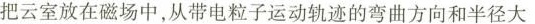
把云室放在磁场中，从带电粒子运动轨迹的弯曲方向和半径大